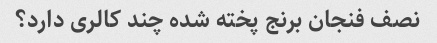
نصف فنجان برنج پخته شده چند کالری دارد؟